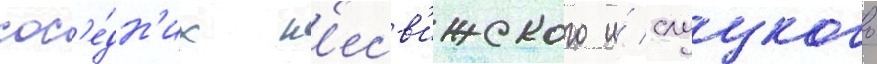
сос'е́дн'их н'есв'ижского и́ слуцкого